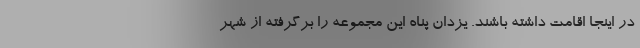
در اینجا اقامت داشته باشند. یزدان پناه این مجموعه را برگرفته از شهر